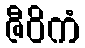
ဇီဝိကံ